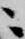
ニ